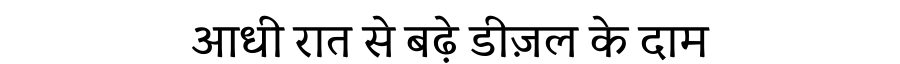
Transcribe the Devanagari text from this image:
आधी रात से बढ़े डीज़ल के दाम